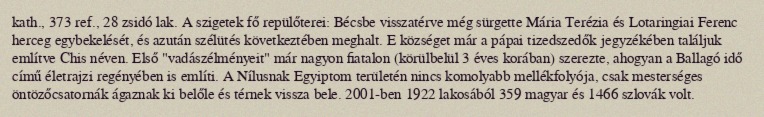
kath., 373 ref., 28 zsidó lak. A szigetek fő repülőterei: Bécsbe visszatérve még sürgette Mária Terézia és Lotaringiai Ferenc herceg egybekelését, és azután szélütés következtében meghalt. E községet már a pápai tizedszedők jegyzékében találjuk említve Chis néven. Első "vadászélményeit" már nagyon fiatalon (körülbelül 3 éves korában) szerezte, ahogyan a Ballagó idő című életrajzi regényében is említi. A Nílusnak Egyiptom területén nincs komolyabb mellékfolyója, csak mesterséges öntözőcsatornák ágaznak ki belőle és térnek vissza bele. 2001-ben 1922 lakosából 359 magyar és 1466 szlovák volt.